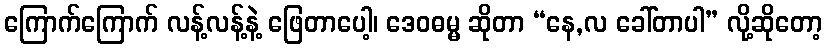
ကြောက်ကြောက် လန့်လန့်နဲ့ ဖြေတာပေါ့၊ ဒေဝဓမ္မ ဆိုတာ “နေ,လ ခေါ်တာပါ” လို့ဆိုတော့